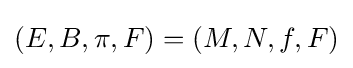
(E,B,\pi ,F)=(M,N,f,F)